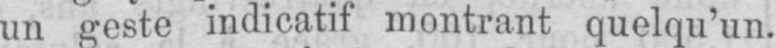
un geste indicatif montrant quelqu’un.